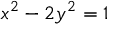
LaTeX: x ^ { 2 } - 2 y ^ { 2 } = 1